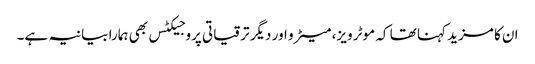
ان کا مزید کہنا تھا کہ موٹر ویز، میٹرو اور دیگر ترقیاتی پروجیکٹس بھی ہمارا بیانیہ ہے۔